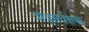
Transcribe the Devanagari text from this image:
वायुसर्वेक्षण